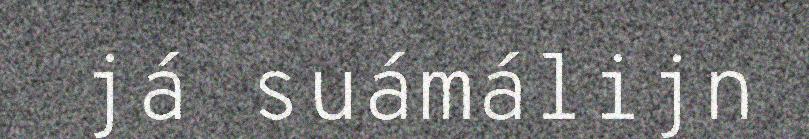
já suámálijn